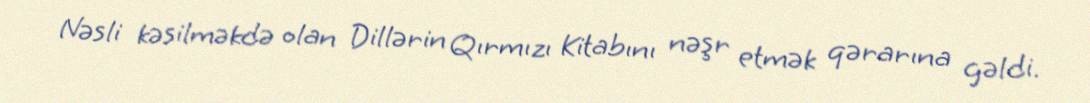
Nəsli kəsilməkdə olan Dillərin Qırmızı Kitabını nəşr etmək qərarına gəldi.